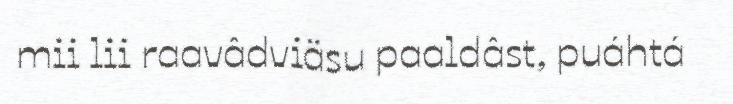
mii lii raavâdviäsu paaldâst, puáhtá